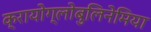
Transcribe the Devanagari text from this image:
क्रायोग्लोबुलिनेमिया